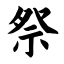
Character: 祭